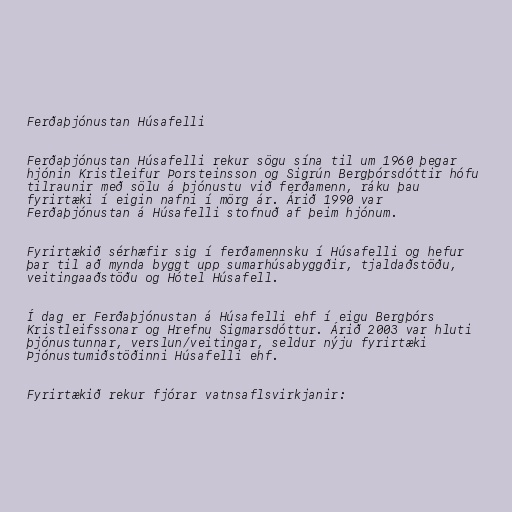
Ferðaþjónustan Húsafelli

Ferðaþjónustan Húsafelli rekur sögu sína til um 1960 þegar
hjónin Kristleifur Þorsteinsson og Sigrún Bergþórsdóttir hófu
tilraunir með sölu á þjónustu við ferðamenn, ráku þau
fyrirtæki í eigin nafni í mörg ár. Árið 1990 var
Ferðaþjónustan á Húsafelli stofnuð af þeim hjónum.

Fyrirtækið sérhæfir sig í ferðamennsku í Húsafelli og hefur
þar til að mynda byggt upp sumarhúsabyggðir, tjaldaðstöðu,
veitingaaðstöðu og Hótel Húsafell.

Í dag er Ferðaþjónustan á Húsafelli ehf í eigu Bergþórs
Kristleifssonar og Hrefnu Sigmarsdóttur. Árið 2003 var hluti
þjónustunnar, verslun/veitingar, seldur nýju fyrirtæki
Þjónustumiðstöðinni Húsafelli ehf.

Fyrirtækið rekur fjórar vatnsaflsvirkjanir: